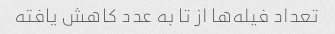
تعداد فیله‌ها از تا به عدد کاهش یافته